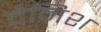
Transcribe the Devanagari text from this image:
दैनिश